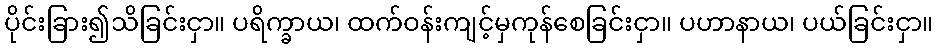
ပိုင်းခြား၍သိခြင်းငှာ။ ပရိက္ခာယ၊ ထက်ဝန်းကျင့်မှကုန်စေခြင်းငှာ။ ပဟာနာယ၊ ပယ်ခြင်းငှာ။